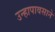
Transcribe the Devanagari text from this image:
उन्हापावसाने